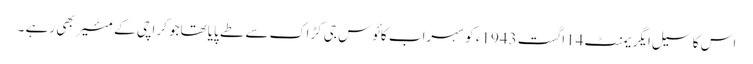
اس کا سیل ایگریمنٹ 14اگست 1943ء کو سہراب کائوس جی کڑاک سے طے پایا تھاجو کراچی کے مئیر بھی رہے ۔